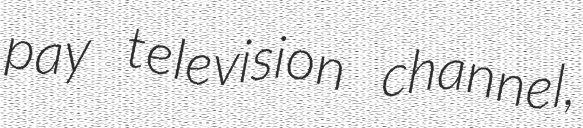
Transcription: pay television channel,